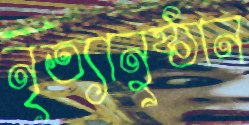
নৃত্যানুষ্ঠান